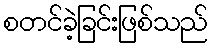
စတင်ခဲ့ခြင်းဖြစ်သည်